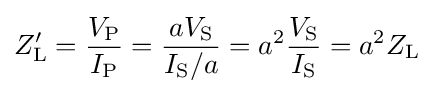
Z'_{\text{L}}={\frac {V_{\text{P}}}{I_{\text{P}}}}={\frac {aV_{\text{S}}}{I_{\text{S}}/a}}=a^{2}{\frac {V_{\text{S}}}{I_{\text{S}}}}=a^{2}{Z_{\text{L}}}